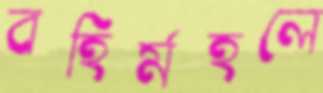
বহির্মহলে